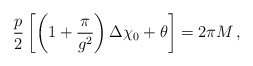
\begin{align*}{p\over 2}\left[\left(1+{\pi\over g^{2}}\right)\Delta\chi_{0} +\theta \right] = 2\pi M \,,\end{align*}